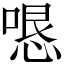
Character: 𭝫